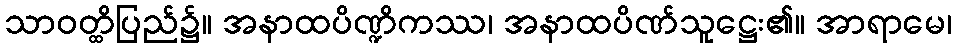
သာဝတ္ထိပြည်၌။ အနာထပိဏ္ဍိကဿ၊ အနာထပိဏ်သူဋ္ဌေး၏။ အာရာမေ၊